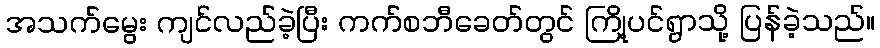
အသက်မွေး ကျင်လည်ခဲ့ပြီး ကက်စဘီခေတ်တွင် ကြို့ပင်ရွာသို့ ပြန်ခဲ့သည်။